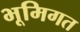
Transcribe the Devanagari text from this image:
भूमिगत